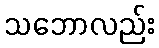
သဘောလည်း